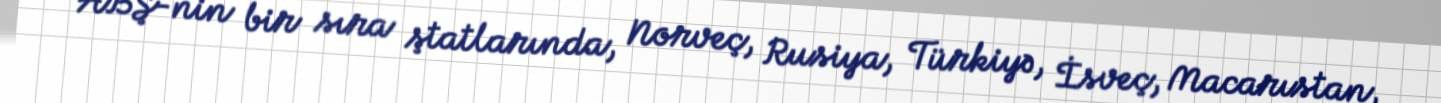
ABŞ-nin bir sıra ştatlarında, Norveç, Rusiya, Türkiyə, İsveç, Macarıstan,